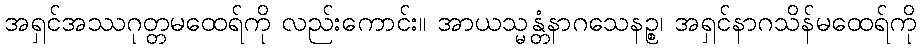
အရှင်အဿဂုတ္တမထေရ်ကို လည်းကောင်း။ အာယသ္မန္တံနာဂသေနဉ္စ၊ အရှင်နာဂသိန်မထေရ်ကို